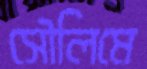
সৌলিমে